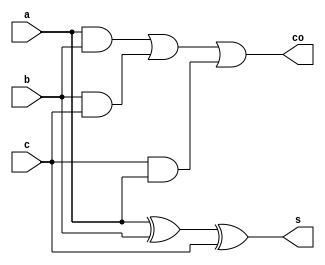
`timescale 1ns / 1ps
//////////////////////////////////////////////////////////////////////////////////
// Company: 
// Engineer: 
// 
// Design Name: 
// Module Name:    bcd_Adder 
// Project Name: 
// Target Devices: 
// Tool versions: 
// Description: 
//
// Dependencies: 
//
// Revision: 
// Revision 0.01 - File Created
// Additional Comments: 
//
//////////////////////////////////////////////////////////////////////////////////
module full_adder(a,b,c,s,co);
input a,b,c;
output s,co;
assign s=a^b^c;
assign co=(a&b)|(b&c)|(c&a);
endmodule


module four_bit_adder(x,y,cin,sum,cout);
input [3:0] x,y;
input cin;
output [3:0] sum;
output cout;
wire c0,c1,c2;

full_adder fa0(.a(x[0]),.b(y[0]),.c(cin),.s(sum[0]),.co(c0));
full_adder fa1(.a(x[1]),.b(y[1]),.c(c0),.s(sum[1]),.co(c1));
full_adder fa2(.a(x[2]),.b(y[2]),.c(c1),.s(sum[2]),.co(c2));
full_adder fa3(.a(x[3]),.b(y[3]),.c(c2),.s(sum[3]),.co(cout));
endmodule
module BCD_adder(S, C, A, B, C0);
input [3:0] A, B;
input C0;
output [3:0] S;
output C;
wire C1, C2, C3, C4, C5;
wire [3:0]X, Z;
and (C1, Z[3], Z[2]);
and (C2, Z[3], Z[1]);
or (C, C3, C1,C2);
xor (C5, C, C);
assign X[2] = C;
assign X[1] = C;
assign X[3] = C5;
assign X[0] = C5;
//four bit adder body from instance of full_adder
four_bit_adder F_1 ( A, B, C0,Z,C3);
four_bit_adder F_2 (X, Z, C0,S,C4);
endmodule